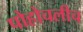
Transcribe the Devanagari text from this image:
पोहोचलीच